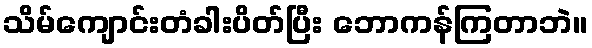
သိမ်ကျောင်းတံခါးပိတ်ပြီး ဘောကန်ကြတာဘဲ။